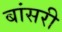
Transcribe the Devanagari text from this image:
बांसरी